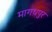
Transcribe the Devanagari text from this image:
मागधपुर